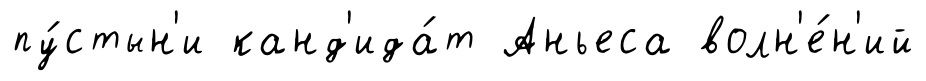
пу́стын'и канд'ида́т Аньеса волн'е́н'ий